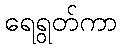
ရေရွတ်ကာ